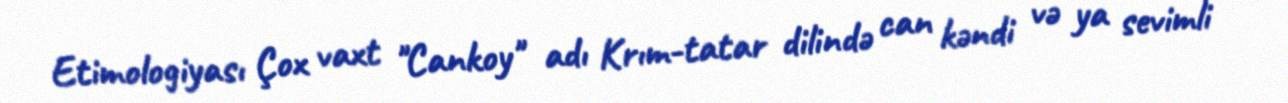
Etimologiyası Çox vaxt "Cankoy" adı Krım-tatar dilində can kəndi və ya sevimli